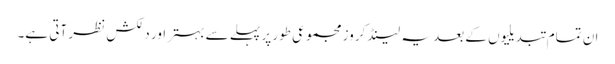
ان تمام تبدیلیوں کے بعد یہ لینڈ کروز مجموعی طور پر پہلے سے بہتر اور دلکش نظر آتی ہے۔